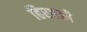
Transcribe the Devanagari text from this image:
हिरवळी